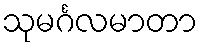
သုမင်္ဂလမာတာ